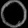
Digit: ၀